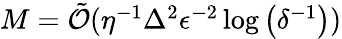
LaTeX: \begin{array}{r}{M=\tilde{\mathcal{O}}(\eta^{-1}\Delta^{2}\epsilon^{-2}\log\left(\delta^{-1}\right))}\end{array}